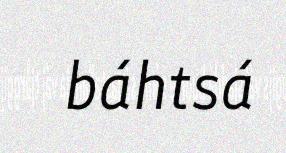
báhtsá